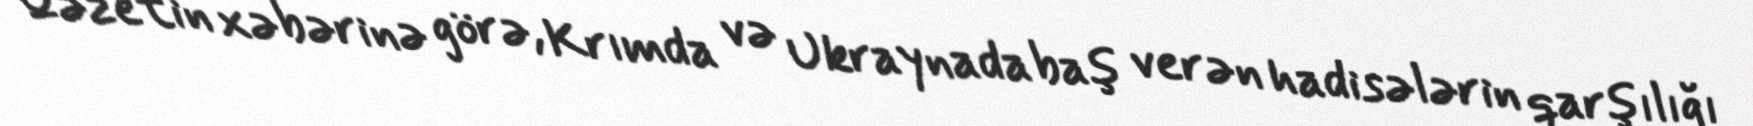
Qəzetin xəbərinə görə, Krımda və Ukraynada baş verən hadisələrin qarşılığı